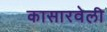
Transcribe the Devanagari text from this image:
कासारवेली